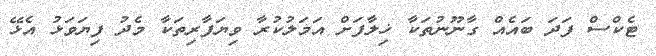
ޓެކްސް ފަދަ ބައެއް ގާނޫނުތަކާ ޚިލާފަށް އަމަލުކުރާ ވިޔަފާރިތަކާ މެދު ފިޔަވަޅު އެޅޭ